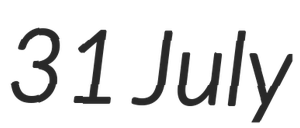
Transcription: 31 July